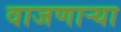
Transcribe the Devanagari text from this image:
वाजणार्‍या